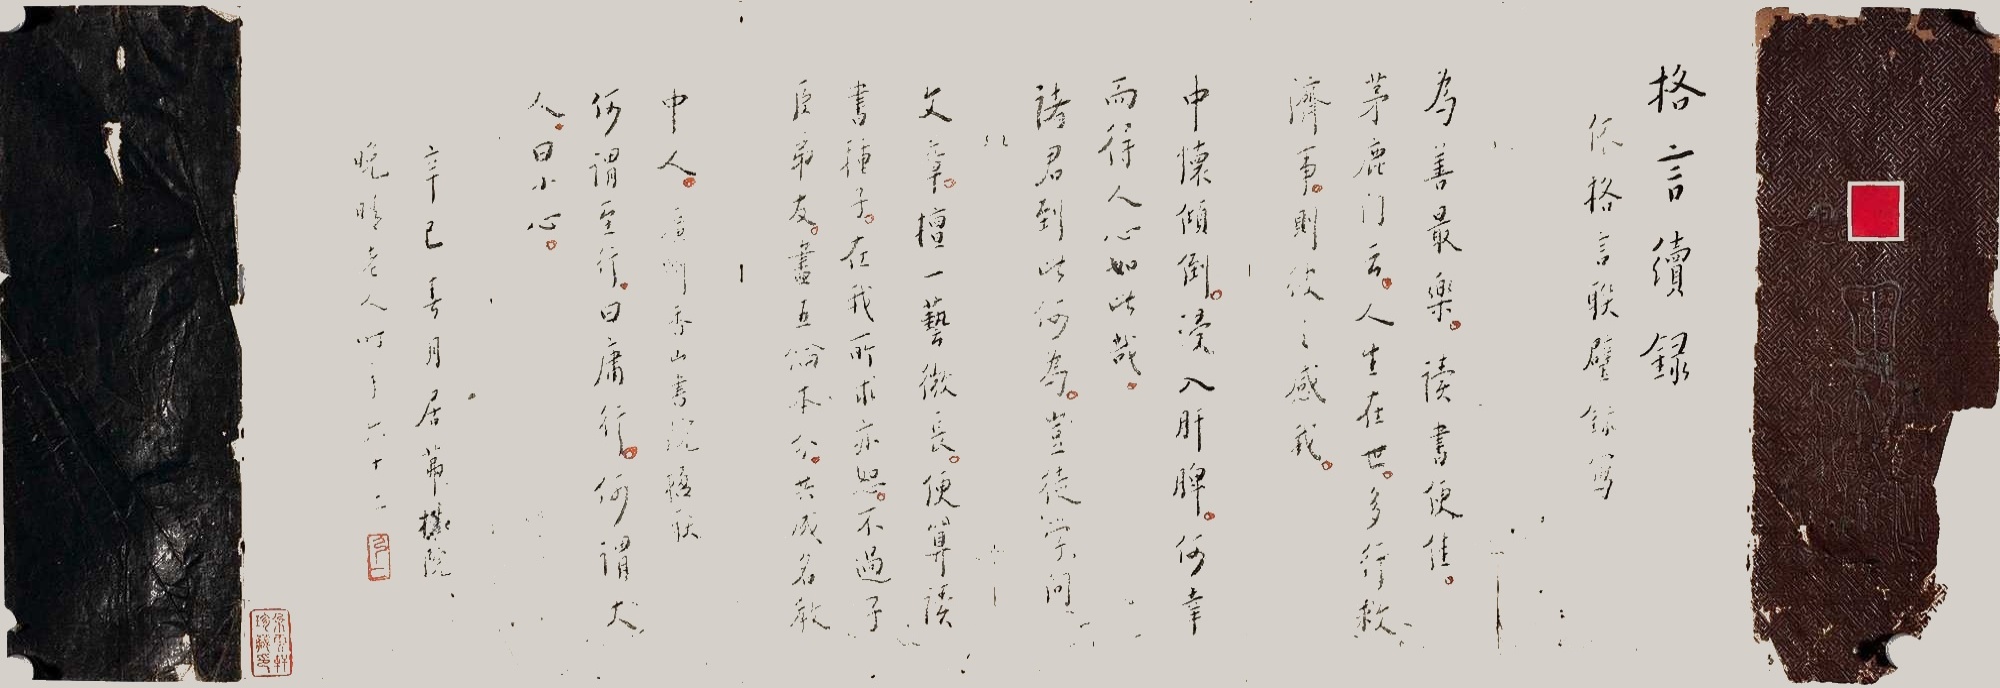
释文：格言续录，依格言联壁录写。为善最乐，读书便佳。茅鹿门云，人生在世，多行救济事。则彼之感我，中怀倾倒，浸入肝脾。何幸而得人心如此哉。诸君到此何为，岂徒学问文章，擅一艺微长，便算读书种子。在我所求亦恕，不过子臣弟友，尽五伦本分，共成名教中人。广州香山书院楹联，何谓至行，曰庸行，何谓大人，曰小心。辛巳春月，居茀□院，晚晴老人时年六十二。